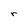
Character: r